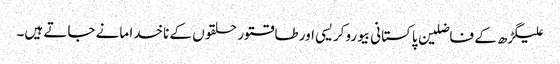
علیگڑھ کے فاضلین پاکستانی بیوروکریسی اور طاقتور حلقوں کے ناخدا مانے جاتے ہیں۔